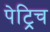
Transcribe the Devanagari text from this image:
पेट्रिच